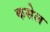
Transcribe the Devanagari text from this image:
कसेल